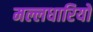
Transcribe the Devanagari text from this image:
मल्लधारियों